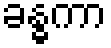
ခန္ဓကာ